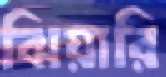
ঝিয়ারি